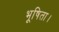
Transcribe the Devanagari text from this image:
भूषिता।